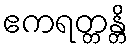
ဧကရတ္တန္တိ